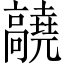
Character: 𬴝